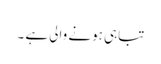
تباہی ہونے والی ہے ۔